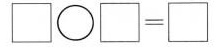
\Box \bigcirc \Box =\Box